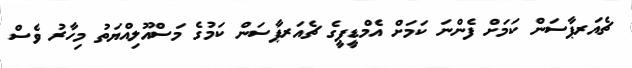
ޗެއަރޕާސަން ކަމަށް ފެންނަ ކަމަށް އެމްޑީޕީގެ ޗެއަރޕާސަން ކަމުގެ މަސްއޫލިއްޔަތު މިހާރު ވެސް